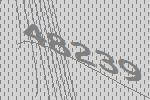
48239